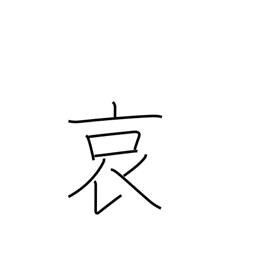
Meaning: pity